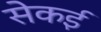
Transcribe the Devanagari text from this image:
सेकई